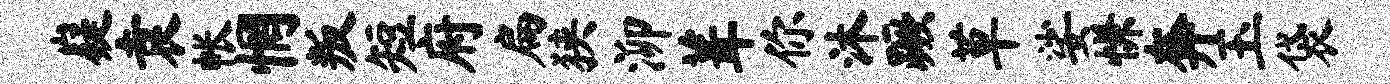
嶷袁帐惘叛短府扁狭泖葺你沐蹶草娑慊奔玉袋